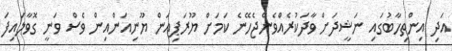
އަދި އިންތިހާބުގައި ނަޝީދަށް ވާދަކުރެއްވެންޖެހޭނެ ކަމަށް ޔޫރަޕިއަން ޔޫނިއަންއިން ވެސް ވަނީ ގޮވާލައިފަ